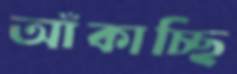
আঁকাচ্ছি